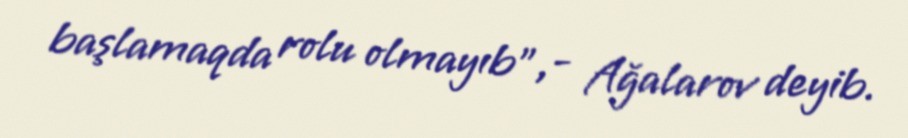
başlamaqda rolu olmayıb",- Ağalarov deyib.